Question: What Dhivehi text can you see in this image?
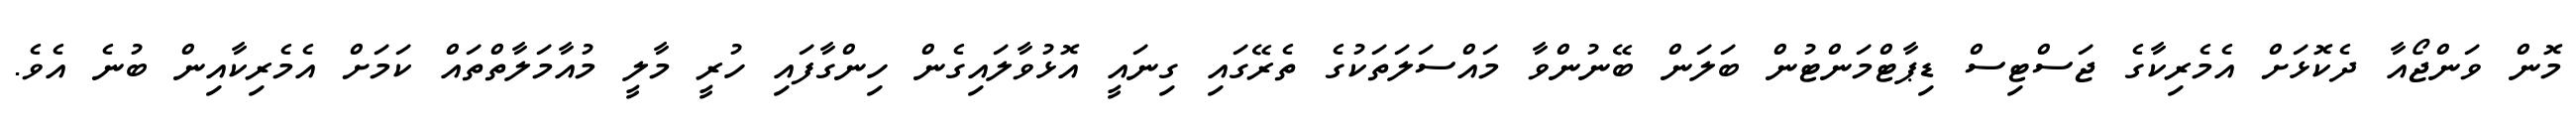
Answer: މޮން ވަންޖޯއާ ދެކޮޅަށް އެމެރިކާގެ ޖަސްޓިސް ޑިޕާޓްމަންޓުން ބަލަން ބޭނުންވާ މައްސަލަތަކުގެ ތެރޭގައި ގިނައީ އޮޅުވާލައިގެން ހިންގާފައި ހުރީ މާލީ މުއާމަލާތްތައް ކަމަށް އެމެރިކާއިން ބުނެ އެވެ.